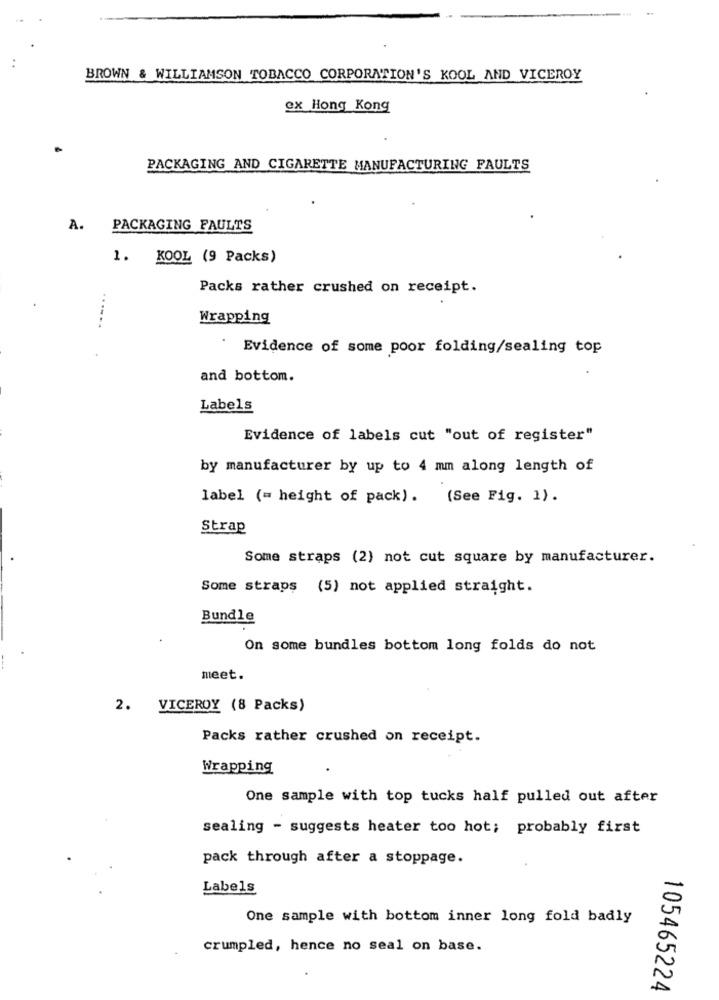
BROWN & WILLIAMSON TOBACCO CORPORATION'S KOOL AND VICEROY
ex Hong Kong
PACKAGING AND CIGARETTE MANUFACTURING FAULTS
A.
PACKAGING FAULTS
1. KOOL (9 Packs)
Packs rather crushed on receipt.
......
Wrapping
Evidence of some poor folding/sealing top
and bottom.
Labels
Evidence of labels cut "out of register"
by manufacturer by up to 4 mm along length of
label (= height of pack). (See Fig. 1).
Strap
Some straps (2) not cut square by manufacturer.
Some straps (5) not applied straight.
Bundle
On some bundles bottom long folds do not
meet.
2. VICEROY (8 Packs)
Packs rather crushed on receipt.
Wrapping
One sample with top tucks half pulled out after
sealing - suggests heater too hot; probably first
pack through after a stoppage.
Labels
One sample with bottom inner long fold badly
crumpled, hence no seal on base.
105465224